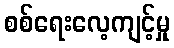
စစ်ရေးလေ့ကျင့်မှု